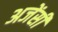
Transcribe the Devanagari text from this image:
अजेंसी